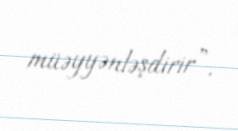
müəyyənləşdirir”.